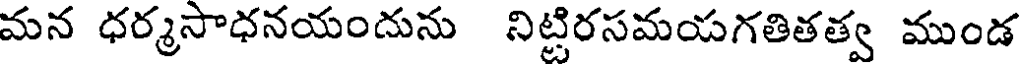
మన ధర్మసాధనయందును నిట్టిరసమయగతితత్వ ముండ